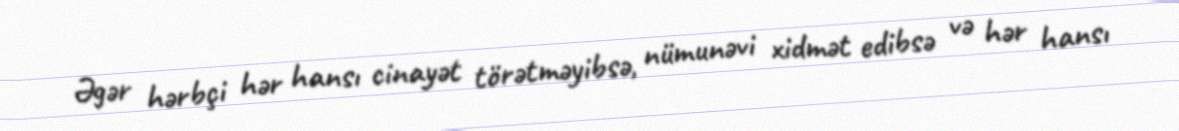
Əgər hərbçi hər hansı cinayət törətməyibsə, nümunəvi xidmət edibsə və hər hansı